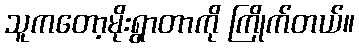
သူကတော့မိုးရွာတာကို ကြိုက်တယ်။